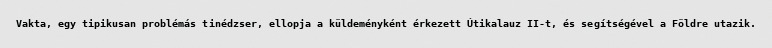
Vakta, egy tipikusan problémás tinédzser, ellopja a küldeményként érkezett Útikalauz II-t, és segítségével a Földre utazik.